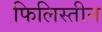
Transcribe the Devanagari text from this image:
फिलिस्‍तीन